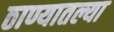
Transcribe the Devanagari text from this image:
ठाण्यातल्या